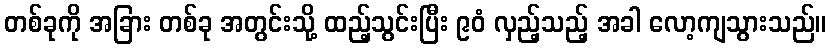
တစ်ခုကို အခြား တစ်ခု အတွင်းသို့ ထည့်သွင်းပြီး ၉၀ံ လှည့်သည့် အခါ လော့ကျသွားသည်။